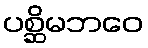
ပစ္ဆိမဘဝေ